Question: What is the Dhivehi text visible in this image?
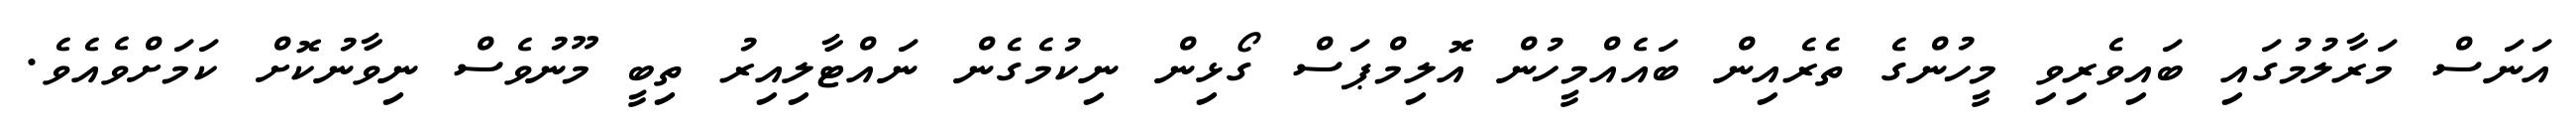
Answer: އަނަސް މަރާލުމުގައި ބައިވެރިވި މީހުންގެ ތެރެއިން ބައެއްމީހުން އޮލިމްޕަސް ގޯޅިން ނިކުމެގެން ނައްޓާލިއިރު ތިބީ މޫނުވެސް ނިވާނުކޮށް ކަމަށްވެއެވެ.